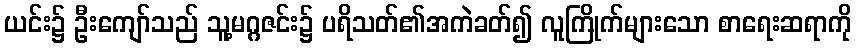
ယင်း၌ ဦးကျော်သည် သူ့မဂ္ဂဇင်း၌ ပရိသတ်၏အကဲခတ်၍ လူကြိုက်များသော စာရေးဆရာကို